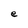
Character: e